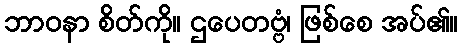
ဘာဝနာ စိတ်ကို။ ဌပေတဗ္ဗံ၊ ဖြစ်စေ အပ်၏။